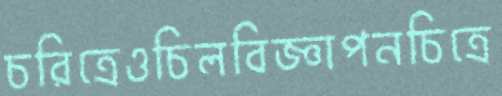
চরিত্রেওচিলবিজ্ঞাপনচিত্রে